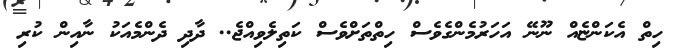
ހިތް އެކަންޏެއް ނޫނޭ އަހަރުމެންގެވެސް ހިތްތަށްވެސް ކަތިލެވިއްޖެ.. ދާދި ދެންމެއަކު ނާއިން ކުރި